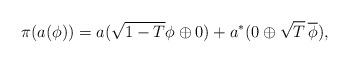
LaTeX: \begin{align*}\pi(a(\phi)) = a(\sqrt{1-T}\phi \oplus 0) + a^*(0 \oplus \sqrt{T}\,\overline{\phi}),\end{align*}